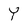
Character: Y